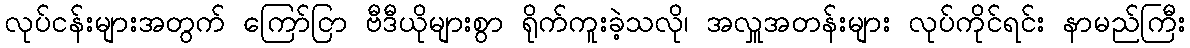
လုပ်ငန်းများအတွက် ကြော်ငြာ ဗီဒီယိုများစွာ ရိုက်ကူးခဲ့သလို၊ အလှူအတန်းများ လုပ်ကိုင်ရင်း နာမည်ကြီး